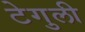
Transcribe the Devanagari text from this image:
टेगुली